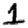
Digit: 1